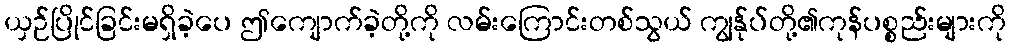
ယှဉ်ပြိုင်ခြင်းမရှိခဲ့ပေ ဤကျောက်ခဲ့တို့ကို လမ်းကြောင်းတစ်သွယ် ကျွန်ုပ်တို့၏ကုန်ပစ္စည်းများကို